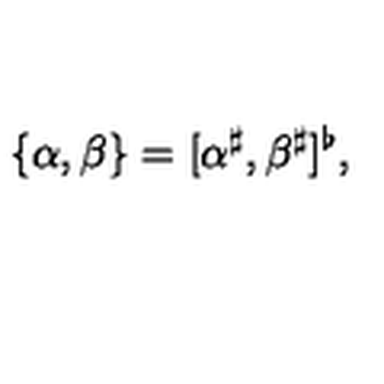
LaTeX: \{ \alpha , \beta \} = [ \alpha ^ { \sharp } , \beta ^ { \sharp } ] ^ { \flat } ,